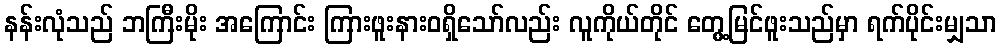
နန်းလုံသည် ဘကြီးမိုး အကြောင်း ကြားဖူးနားဝရှိသော်လည်း လူကိုယ်တိုင် တွေ့မြင်ဖူးသည်မှာ ရက်ပိုင်းမျှသာ